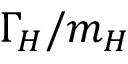
\Gamma _ { H } / m _ { H }